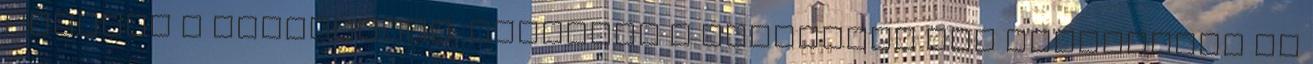
engedte a nagydolgát, miközben a fúrógépet egy pillanatra se